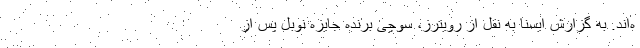
ه‌اند. به گزارش ایسنا به نقل از رویترز، سوچی برنده جایزه نوبل پس از